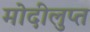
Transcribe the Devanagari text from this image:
मोदीलुप्त